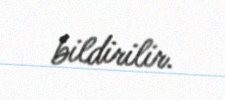
bildirilir.